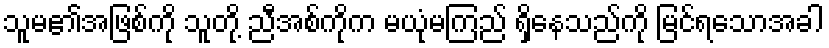
သူမ၏အဖြစ်ကို သူတို့ ညီအစ်ကိုက မယုံမကြည် ရှိနေသည်ကို မြင်ရသောအခါ